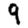
Digit: 9